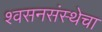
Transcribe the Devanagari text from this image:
श्वसनसंस्थेचा